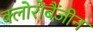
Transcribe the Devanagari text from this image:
क्लोरोबैंज़ीन